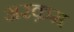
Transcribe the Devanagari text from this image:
अरक़म